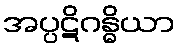
အပ္ပဋိဂန္ဓိယာ